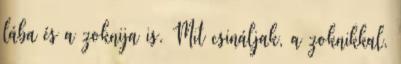
lába és a zoknija is. Mit csináljak, a zoknikkal,